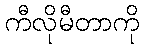
ကီလိုမီတာကို